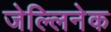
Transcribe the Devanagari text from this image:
जेल्लिनेक